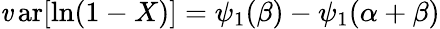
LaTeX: \operatorname{\mathit{v}ar}[\ln(1-X)]=\psi_{1}(\beta)-\psi_{1}(\alpha+\beta)